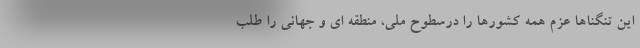
این تنگناها عزم همه کشورها را درسطوح ملی، منطقه ای و جهانی را طلب